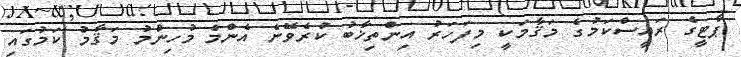
ޕާޓީގެ ރައީސްކަމުގެ މަޤާމަކީ މިފަހަރު އިންތިޚާބު ކުރެވޭނެ އެންމެ މުހިންމު މަޤާމު ކަމުގައި